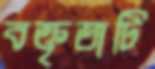
বক্তৃতাটি